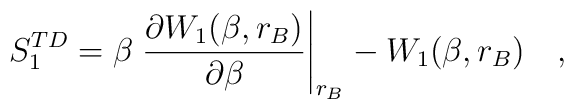
S^{TD}_1=\beta\left. {\partial {W_1(\beta,r_B)}	\over \partial \beta}\right| _{r_B} -W_1(\beta,r_B)~~~ ,